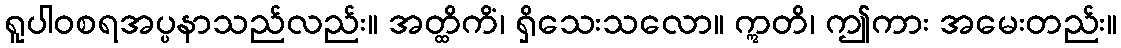
ရူပါဝစရအပ္ပနာသည်လည်း။ အတ္ထိကိံ၊ ရှိသေးသလော။ ဣတိ၊ ဤကား အမေးတည်း။